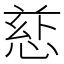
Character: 𪬄